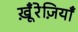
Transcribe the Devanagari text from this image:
खू़ँरेज़ियाँ